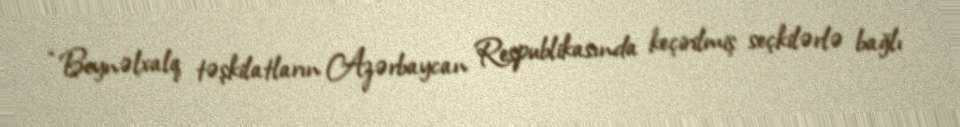
“Beynəlxalq təşkilatların Azərbaycan Respublikasında keçirilmiş seçkilərlə bağlı